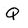
Character: Q